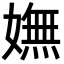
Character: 嫵